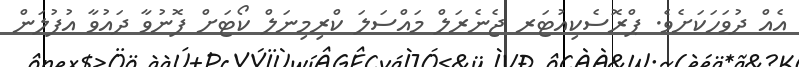
އެއް ދުވަހަކަށެވެ. ޕްރޮސެކިއުޓަރ ޖެނެރަލް މައްސަލަ ކްރިމިނަލް ކޯޓަށް ފޮނުވާ ދައުވާ އުފުލަން